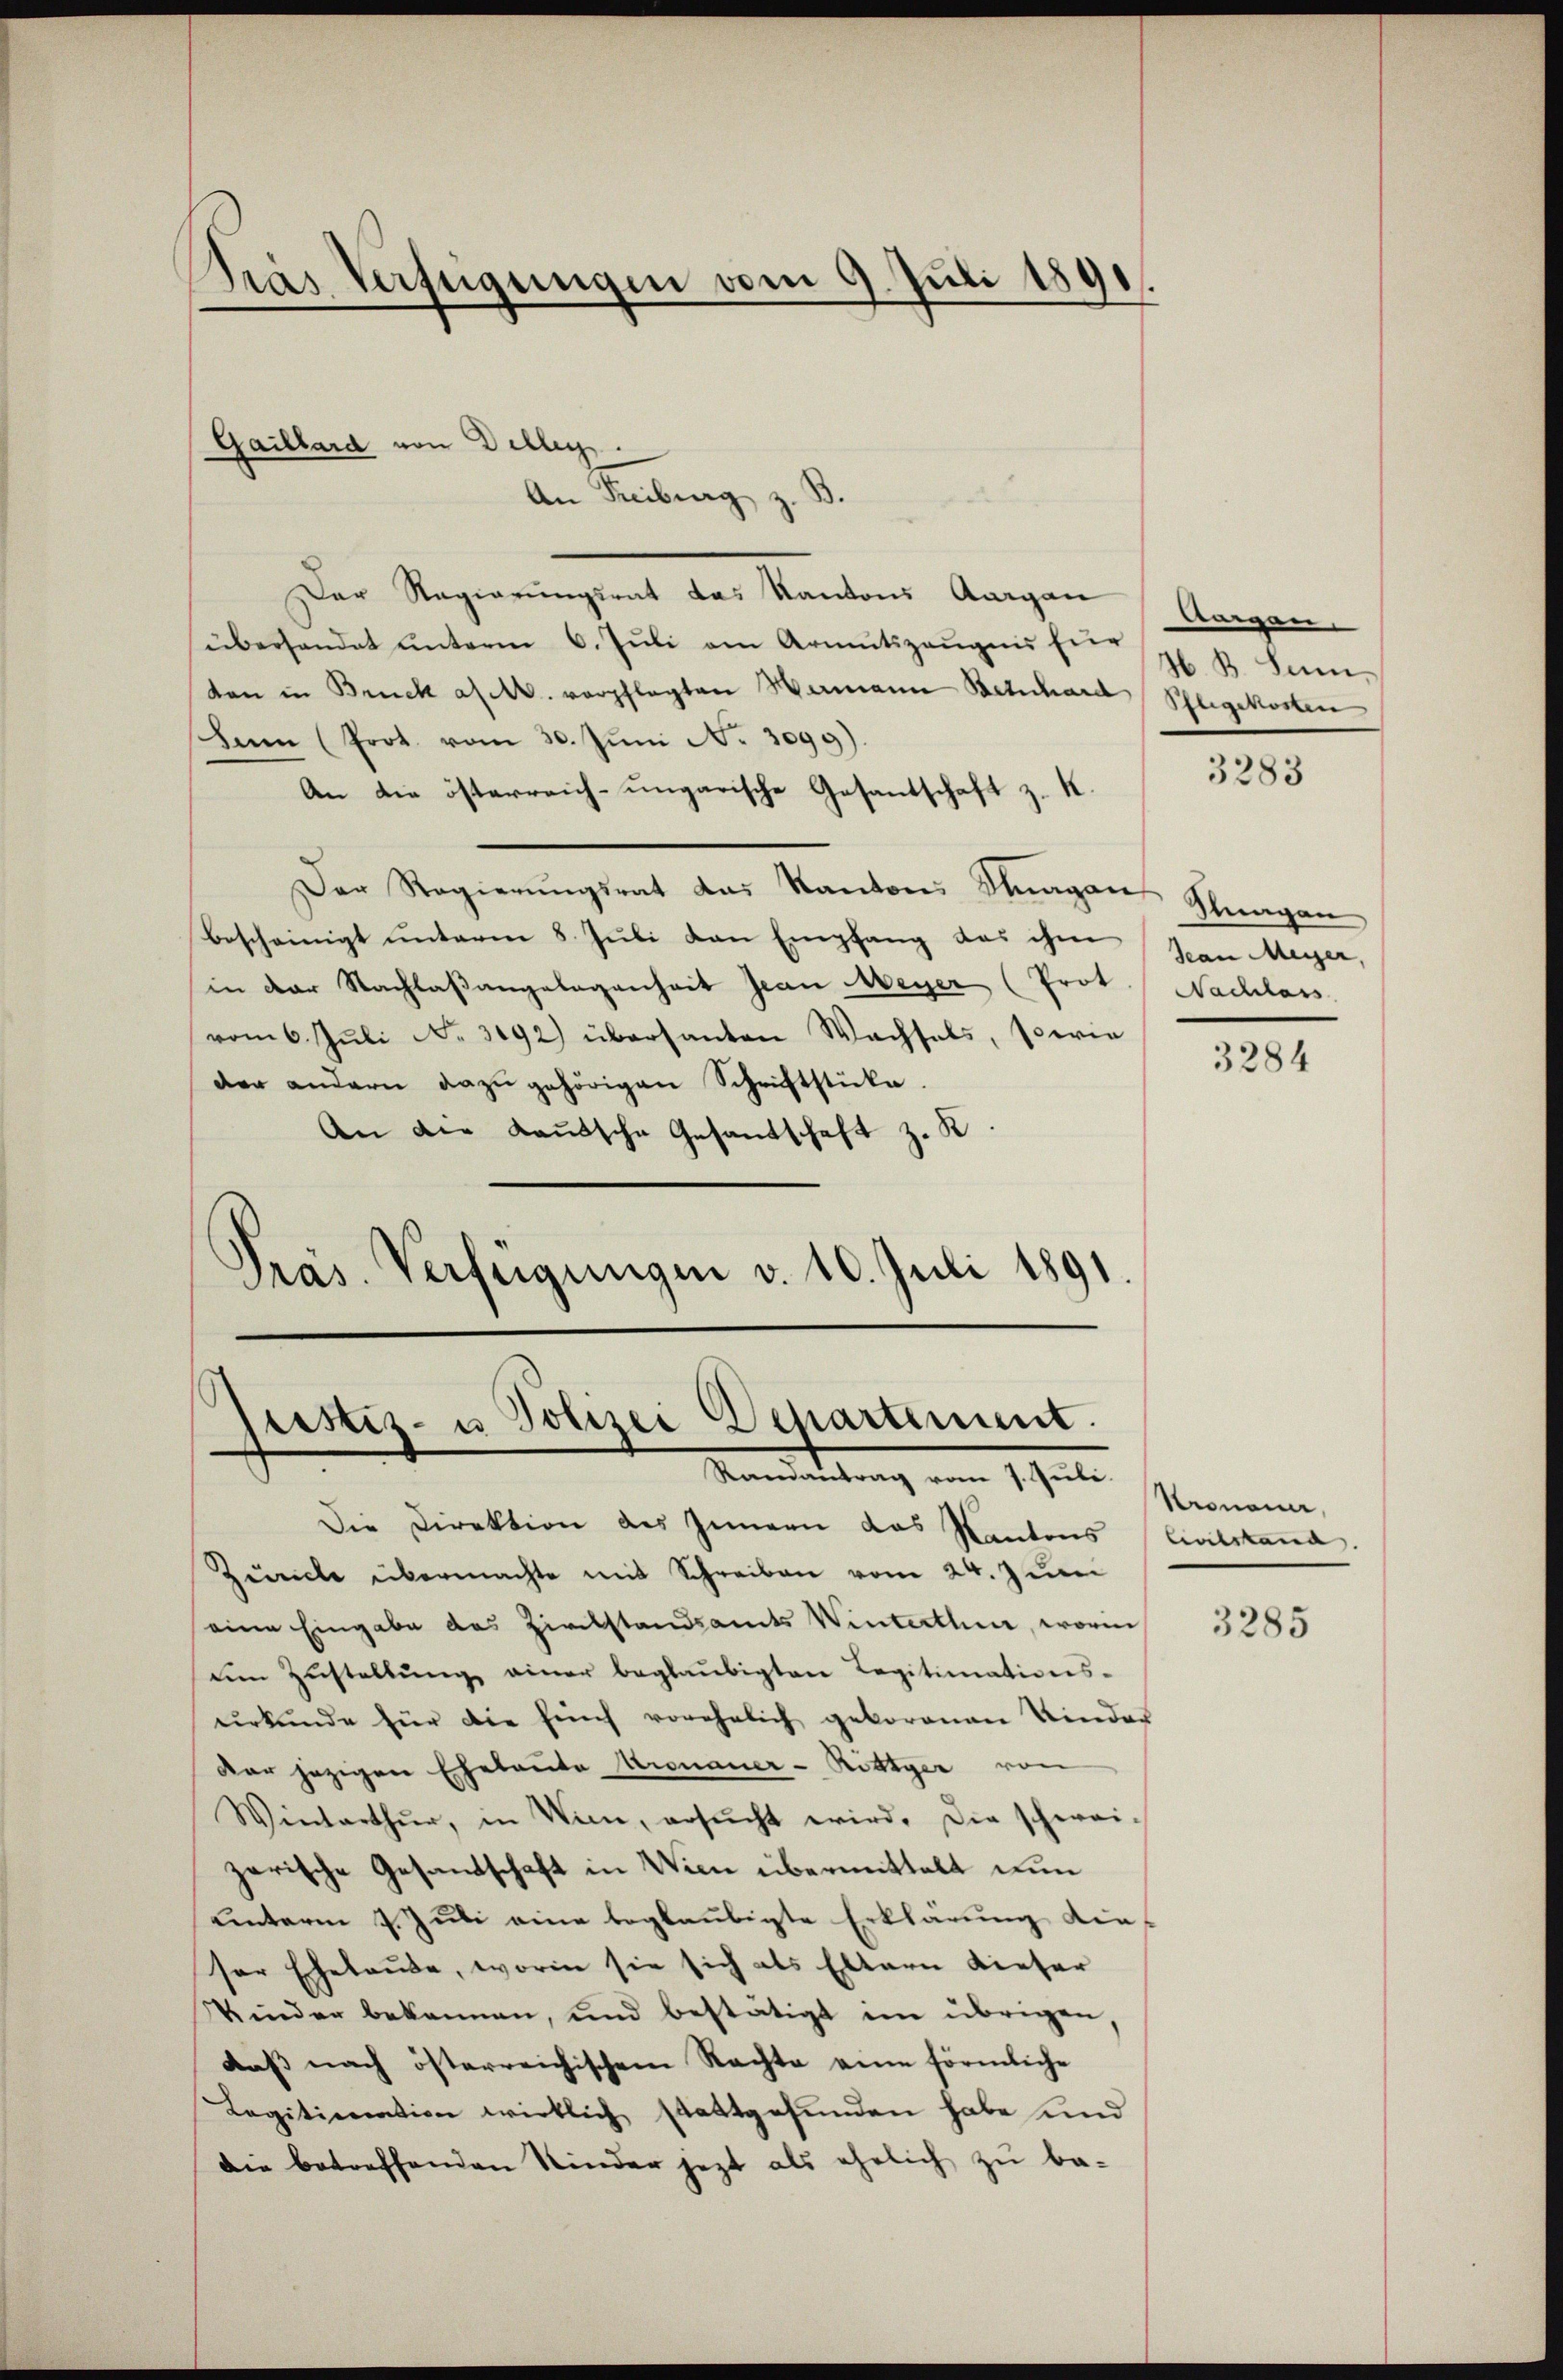
Gras Verfügungen vom 9. Juli 1891

Gaillard von Delleg.
An Freiburg z.
Der Regierungsrat das Kantons Aargau (Aargau
überhandet ŭnterm 6. Jŭli am Armutszeŭgnisser B. Sam
don in Bruck a/M. verpflegten Mamann Bernhard
Ien (Prot. vom 30. Jŭni N. 3099).
An die österreich-ungarische Gesantschaft z. K.
Der Regierŭngsrat das Kantons Sagen Glungen
bescheinigt unterm 8. Juli von Empfang das ihm
in der Nachlaßangelegenheit Jean Meyer (Prot
vom 6. Juli No 3192) übersanten Wachsels, sowie
der andern dazŭ gehörigen Schriftstücke.
An die Kautsche Gesandschaft z. K.
.
Präs. Verfügungen v. 10. Juli 1891.

pistiz- u Polizei Departement.
Randantrag vom 7. Juli.

Die Direktion des Innern das Kantons Civilstand.
Zürche übermachte mit Schreiben vom 24. Juni
eine Eingabe des Zirckstandsamts Winterthur, worin
ŭm Zŭstellŭng einer beglaŭbigten Legitimations-
ŭrkŭnde für die fünf vorehelich geborenen Kinder
Der jezigen Eheleute Kronauer-Röttyer von
Winterthur, in Wien, ersŭcht wird. Die schwei-
zarische Gesandtschaft in Wien übermittelt un
unterm 7. Juli eine beglaubigte Erklärung die-
ser Ehelaŭbe, worin sie sich als Eltern dieser
Kinder bekannen, und bestätigt im übrigen,
daß nach österreichischem Rechte eine förmliche
Legitimation wirklich stattgefunden habe und
die betreffenden Kinder jezt als ehelich zu be-

Sugekosten

3283

Jean Meyer,
Nachlass

3284

Kronau,

3285